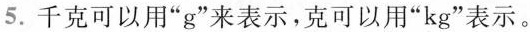
5.千克可以用”g”来表示，克可以用”kg”表示。